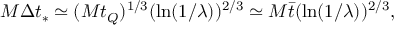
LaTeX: M \Delta t _ { * } \simeq ( M t _ { Q } ) ^ { 1 / 3 } ( \ln ( 1 / \lambda ) ) ^ { 2 / 3 } \simeq M { \bar { t } } ( \ln ( 1 / \lambda ) ) ^ { 2 / 3 } ,